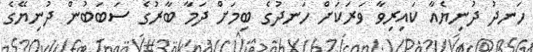
ހަނދު ދުނިޔެއާ ކައިރިވާ ވަރަކަށް ހަނދުގެ ބިމަށް ދަމާ ބާރުގެ ސަބަބުން ދުނިޔޭގެ